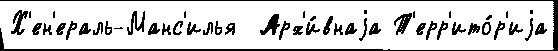
Х'ен'ераль-Манс'илья  Арх'и́внаjа Т'ерр'ито́р'иjа